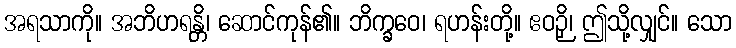
အရသာကို။ အဘိဟရန္တိ၊ ဆောင်ကုန်၏။ ဘိက္ခဝေ၊ ရဟန်းတို့။ ဧဝဉှိ၊ ဤသို့လျှင်။ သော